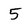
Character: 5